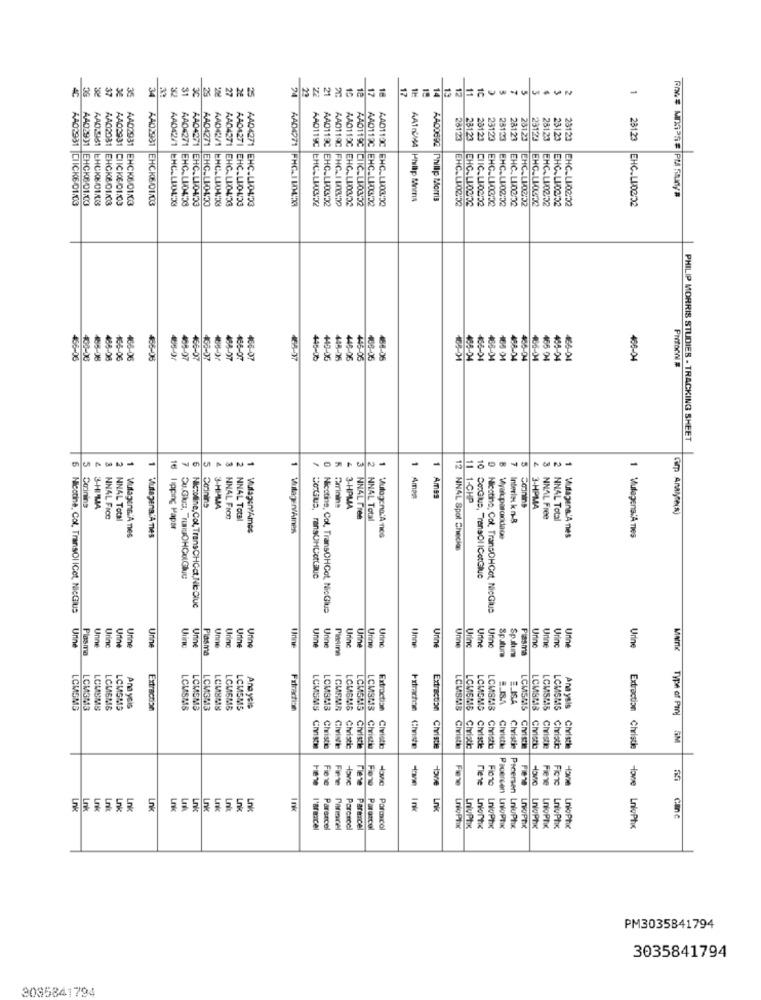
-
34
17
1C
1
AA02031
AA02931
AAD42/1
AAD119C
AAD110C
28123
28123
28123
23123
23123
23123
28123
23123
28123
AAD2931
AAD42/1
AA04271
AA04271
AAD119C
AAD113C
AA02931 CIICK6/01/03
AA02931 EHCK6-01.03
EHCKEDILS
EHCKE/01/03
AA02931 CLICK6/01/03
EHCK6/01/03
EHCK6/01/03
EHC.LIDL'K
AA04271 EHC.LIO493
EHC.LIO493
AA04271 EHC.LIG453
AA04271 EHC.LIDAD3
AA04271 EHC.LI04/23
AAD4271 PHC.IL04:53
EHC.LUOGO2
AAD119C EHC.LI03/02
EHCALIDAD2
AA0119C CIIC.LIO3:52
AAD112C EHC.LI03/22
EHC_LI03:52
AA00692 Phillip Morris
EHC.LI0202
DIIC.LI02/02
EHC.LI03.02
EHC.LU02:22
EHC. L10202
EHCALI02:32
EHC.LIOSDO
EHC.LU02:32
EHC-LI0202
EHC.LI02:52
23123 EHC.LI0202
EHC.LI-0420
448-
465
06-06
46-07
468-07
466-07
46-07
445-06
43-06
443-06
445-05
488-05
488-05
466-04
486-04
PHILIP MORRIS STUDIES - TRACKING SHEET
5
6
5
Conins
E
1 Amp
1 Ames
1-CHP
Coinins
3-HPMMA
Turrinine
3-HPMIA
3-HPMA
NINAL Fico
NNAL Total
NNAL FIon
NN4L Total
NINAL Free
NINAL Total
Interleu k -8
NNAL Free
NNAL Total
Vulapena À mes
16 Hipping Papar
Mulagens A nes
Mulogona'A-ned
Miyaloparcididace
Mutagens'A nes
1 VulagensiAnes
12 NNAL Spot Checios
10 Co:Glus, "ranaOl ICotGlue
Nicotine, Col, TransOl ICot, NicGIUS
Nikoline,Col, TransCHOct,NicDluc
Nicotine, Col. TransOHCot, NicClus
Nicotine, Col. TransDHCot, NicGlus
Unne
Unn
Urine
Urine
Urin
un
Urine
Udine
Urine
Urne
Uring
Urine
Urine
Urine
Urine
Urine
Plasma
Urine
Urine
Unne
Pinama
Urine
Urine
Spoluns
Plasma
Urine
Urine
Sputum
-
Ana ysis
E ISA
LCMOMS
LCM3M3
LCUSMS
.CMEMS
LOMSMS
Extraction
LCMSM8
LCMSME
LCMSM13
LCMSM8
LCMSMS
Anayale
Fatrachis
LCMSMS
LCMS#18
I GUSMA
LCMBMS
LCMS AS
LCMSMS
Extractish
LCMEMB
LCMGMG
LCMSM18
LCMSMS
LCMS415
LCMSMS
Ana yals
Type of PI
SM
Christie
Civistte
Civistic
Civistia
Christie
Civiette
Frtrachin Chnste
Extraction Christie
LCMS MS Civistie
Civistic
Christie
Civisti
Civicthe
LCMS#18 Christie
Civistie
Christic
Chvisthe
Extraction Christie
Fiene
Piene
tove
Fieno
Fiene
riene
Fiche
Lrk
Lnk
Lnk
Link
Lnk
Lok
Lnk
Lnk
Lnk
Lnk
Lnk
Lnk
Lnk
I'Bracel
Pararcel
Parmicel
Perenoel
Pararcol
Pormicol
LnoPtik
LnivPhx
LniofThe
LnloPhx
Pacersen LnloPhix
Pscersen LnluPhx
LnKoPRIX
LnloPhx
LnloPtx
LnivPhx
LnkoPhx
LnloPhx
PM3035841794
3035841794
3085841794